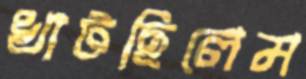
খাটছিলেম